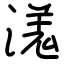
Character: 溬